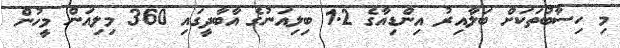
މި ހިސާބުތަކަށް ބަލާއިރު އިންޑިއާގެ 1.2 ބިލިއަނުގެ އާބާދީގައި 360 މިލިއަން މީހުން